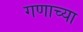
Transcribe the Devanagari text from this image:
गणाच्या